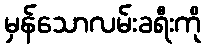
မှန်သောလမ်းခရီးကို